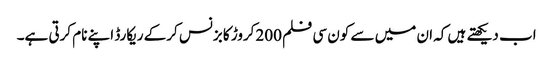
اب دیکھتے ہیں کہ ان میں سے کون سی فلم 200کروڑ کا بزنس کرکے ریکارڈ اپنے نام کرتی ہے۔